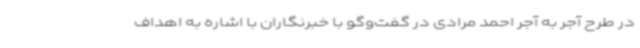
در طرح آجر به آجر احمد مرادی در گفت‌وگو با خبرنگاران با اشاره به اهداف